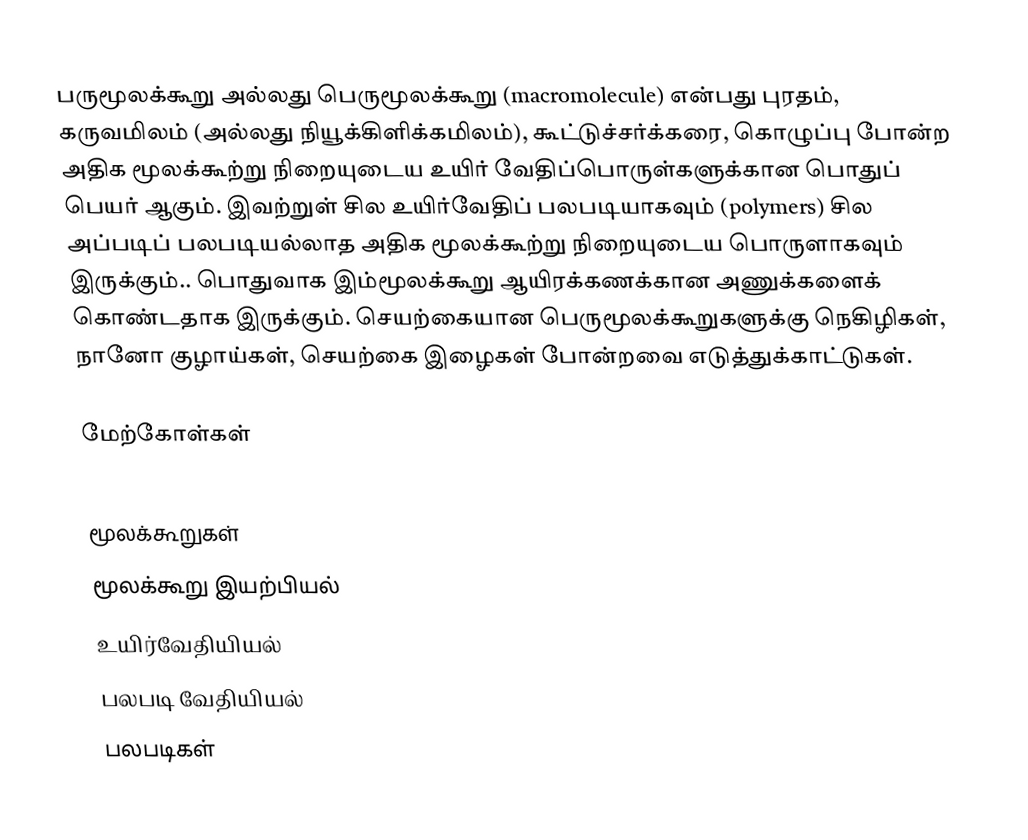
பருமூலக்கூறு அல்லது பெருமூலக்கூறு (macromolecule) என்பது புரதம், கருவமிலம் (அல்லது நியூக்கிளிக்கமிலம்), கூட்டுச்சர்க்கரை, கொழுப்பு போன்ற அதிக மூலக்கூற்று நிறையுடைய உயிர் வேதிப்பொருள்களுக்கான பொதுப் பெயர் ஆகும். இவற்றுள் சில உயிர்வேதிப் பலபடியாகவும் (polymers) சில அப்படிப் பலபடியல்லாத அதிக மூலக்கூற்று நிறையுடைய பொருளாகவும் இருக்கும்.. பொதுவாக இம்மூலக்கூறு ஆயிரக்கணக்கான அணுக்களைக் கொண்டதாக இருக்கும். செயற்கையான பெருமூலக்கூறுகளுக்கு நெகிழிகள், நானோ குழாய்கள், செயற்கை இழைகள் போன்றவை எடுத்துக்காட்டுகள்.

மேற்கோள்கள்

மூலக்கூறுகள்
மூலக்கூறு இயற்பியல்
உயிர்வேதியியல்
பலபடி வேதியியல்
பலபடிகள்